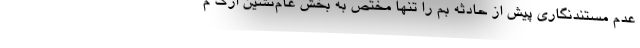
عدم مستندنگاری پیش از حادثه بم را تنها مختص به بخش عام‌نشین ارگ م